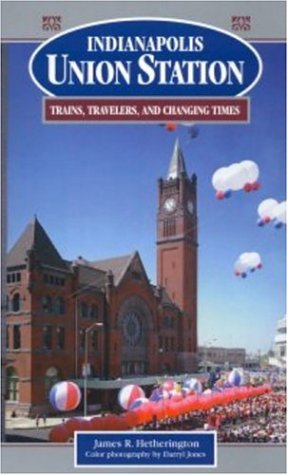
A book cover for Indianapolis Union Station; James R. Hetherington; Travel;